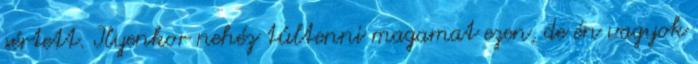
sértett. Ilyenkor nehéz túltenni magamat ezen, de én vagyok